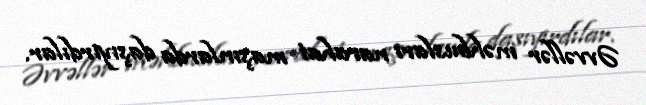
Əvvəllər məhbusları narahat maşınlarda daşıyırdılar.